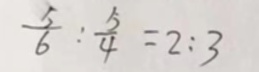
\frac { 5 } { 6 } : \frac { 5 } { 4 } = 2 : 3